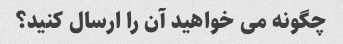
چگونه می خواهید آن را ارسال کنید؟